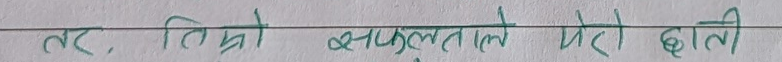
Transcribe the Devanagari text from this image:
तर, तिम्रो सफलताले मेरो छाती